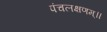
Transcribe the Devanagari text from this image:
पंचलक्षणम्‌॥